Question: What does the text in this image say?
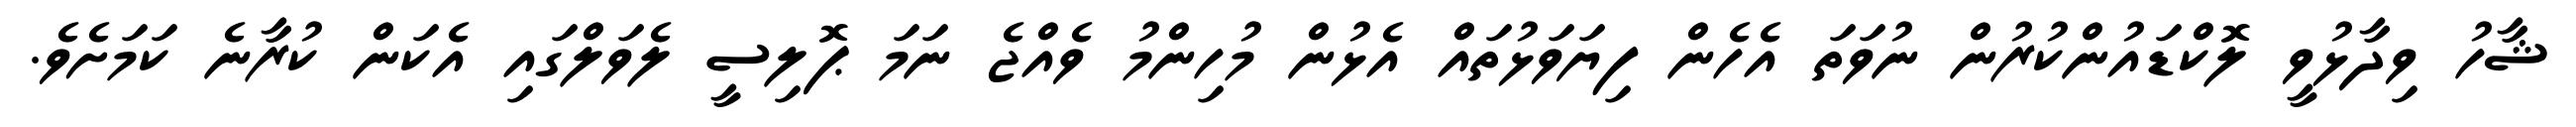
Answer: ޝާހު ވިދާޅުވީ ލޮކްޑައުންކުރުން ނުވަތަ އެހެން ފިޔަވަޅުތައް އެޅުން މުހިންމު ވެއްޖެ ނަމަ ޕޮލިސީ ލެވަލްގައި އެކަން ކުރާނެ ކަމަށެވެ.